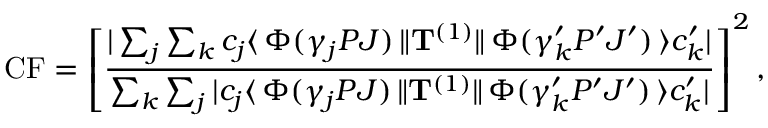
\mathrm { C F } = \left[ \frac { | \sum _ { j } \sum _ { k } c _ { j } \langle \, \Phi ( \gamma _ { j } P J ) \, \| { \bf T } ^ { ( 1 ) } \| \, \Phi ( \gamma _ { k } ^ { \prime } P ^ { \prime } J ^ { \prime } ) \, \rangle c _ { k } ^ { \prime } | } { \sum _ { k } \sum _ { j } | c _ { j } \langle \, \Phi ( \gamma _ { j } P J ) \, \| { \bf T } ^ { ( 1 ) } \| \, \Phi ( \gamma _ { k } ^ { \prime } P ^ { \prime } J ^ { \prime } ) \, \rangle c _ { k } ^ { \prime } | } \right] ^ { 2 } ,